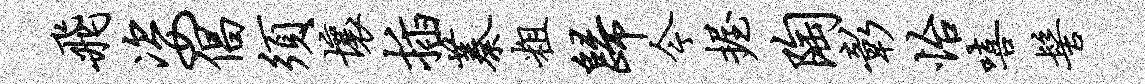
飞姿倡须壤插蓁粗归今握陶彰怡嘻髻